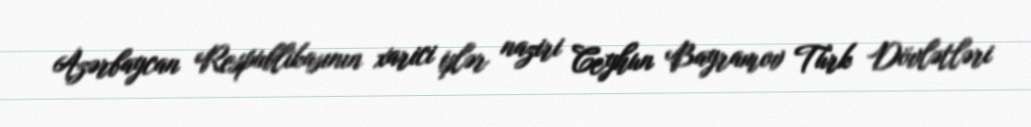
Azərbaycan Respublikasının xarici işlər naziri Ceyhun Bayramov Türk Dövlətləri